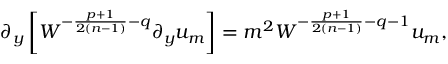
\partial _ { y } \left[ { \cal W } ^ { - { \frac { p + 1 } { 2 ( n - 1 ) } } - q } \partial _ { y } u _ { m } \right] = m ^ { 2 } { \cal W } ^ { - { \frac { p + 1 } { 2 ( n - 1 ) } } - q - 1 } u _ { m } ,